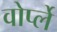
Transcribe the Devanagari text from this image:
वोर्प्ले